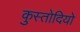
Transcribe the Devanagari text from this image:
कुस्तोदियो